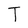
Character: T